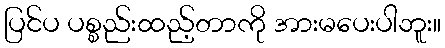
ပြင်ပ ပစ္စည်းထည့်တာကို အားမပေးပါဘူး။